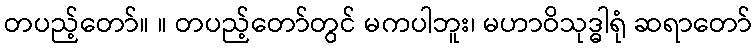
တပည့်တော်။ ။ တပည့်တော်တွင် မကပါဘူး၊ မဟာဝိသုဒ္ဓါရုံ ဆရာတော်